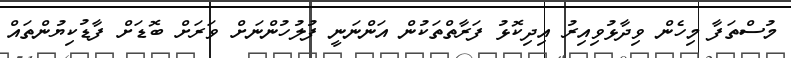
މުސްތަފާ މިހެން ވިދާޅުވިއިރު އިދިކޮޅު ފަރާތްތަކުން އަންނަނީ ފުލުހުންނަށް ވަރަށް ބޮޑަށް ފާޑުކިޔުންތައް